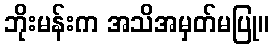
ဘိုးမန်းက အသိအမှတ်မပြု။